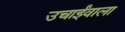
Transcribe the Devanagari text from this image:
उचाईंवाला